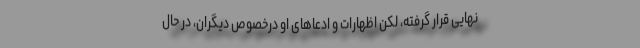
نهایی قرار گرفته، لکن اظهارات و ادعاهای او درخصوص دیگران، در حال